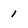
Character: 1